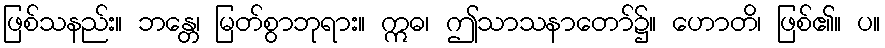
ဖြစ်သနည်း။ ဘန္တေ၊ မြတ်စွာဘုရား။ ဣဓ၊ ဤသာသနာတော်၌။ ဟောတိ၊ ဖြစ်၏။ ပ။